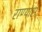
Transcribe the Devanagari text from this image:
राण्यांस